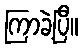
ကြာခဲ့ပြီ။